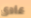
عادى